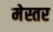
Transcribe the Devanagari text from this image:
मेस्तर